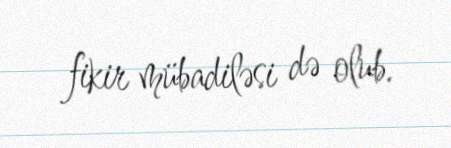
fikir mübadiləsi də olub.